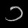
Digit: ၁